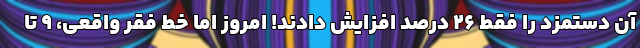
آن دستمزد را فقط ۲۶ درصد افزایش دادند! امروز اما خط فقر واقعی، ۹ تا